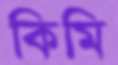
কিমি